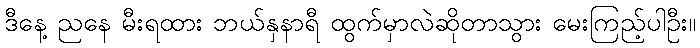
ဒီနေ့ ညနေ မီးရထား ဘယ်နှနာရီ ထွက်မှာလဲဆိုတာသွား မေးကြည့်ပါဦး။